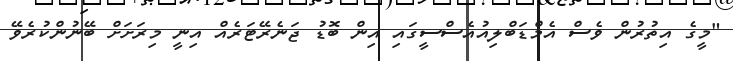
"މީގެ އިތުރުން ވެސް އެމްޑަބްލިއުއެސްސީގައި އިން ބޮޑު ޖަނެރޭޓަރެއް އިނީ މިރަށަށް ބޭނުންކުރެވޭ